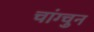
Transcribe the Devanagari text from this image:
चांग्चुन